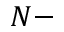
N -